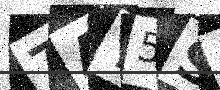
Text: 7AY5SA